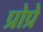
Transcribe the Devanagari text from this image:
प्रोप्रे